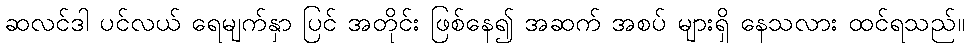
ဆလင်ဒါ ပင်လယ် ရေမျက်နှာ ပြင် အတိုင်း ဖြစ်နေ၍ အဆက် အစပ် များရှိ နေသလား ထင်ရသည်။